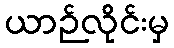
ယာဉ်လိုင်းမှ